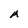
Character: A